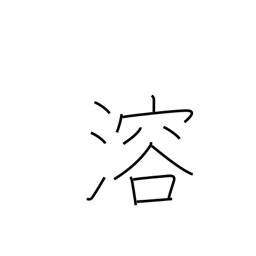
Meaning: thaw